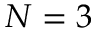
N = 3